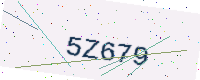
Text: 5Z679